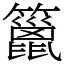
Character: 䉭